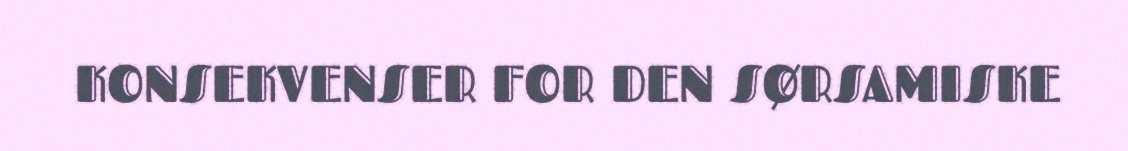
KONSEKVENSER FOR DEN SØRSAMISKE